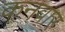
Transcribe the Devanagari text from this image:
कनवार